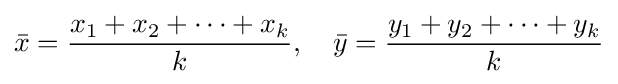
{\bar {x}}={\frac {x_{1}+x_{2}+\cdots +x_{k}}{k}},\quad {\bar {y}}={\frac {y_{1}+y_{2}+\cdots +y_{k}}{k}}